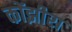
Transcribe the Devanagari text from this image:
कोंझीरा